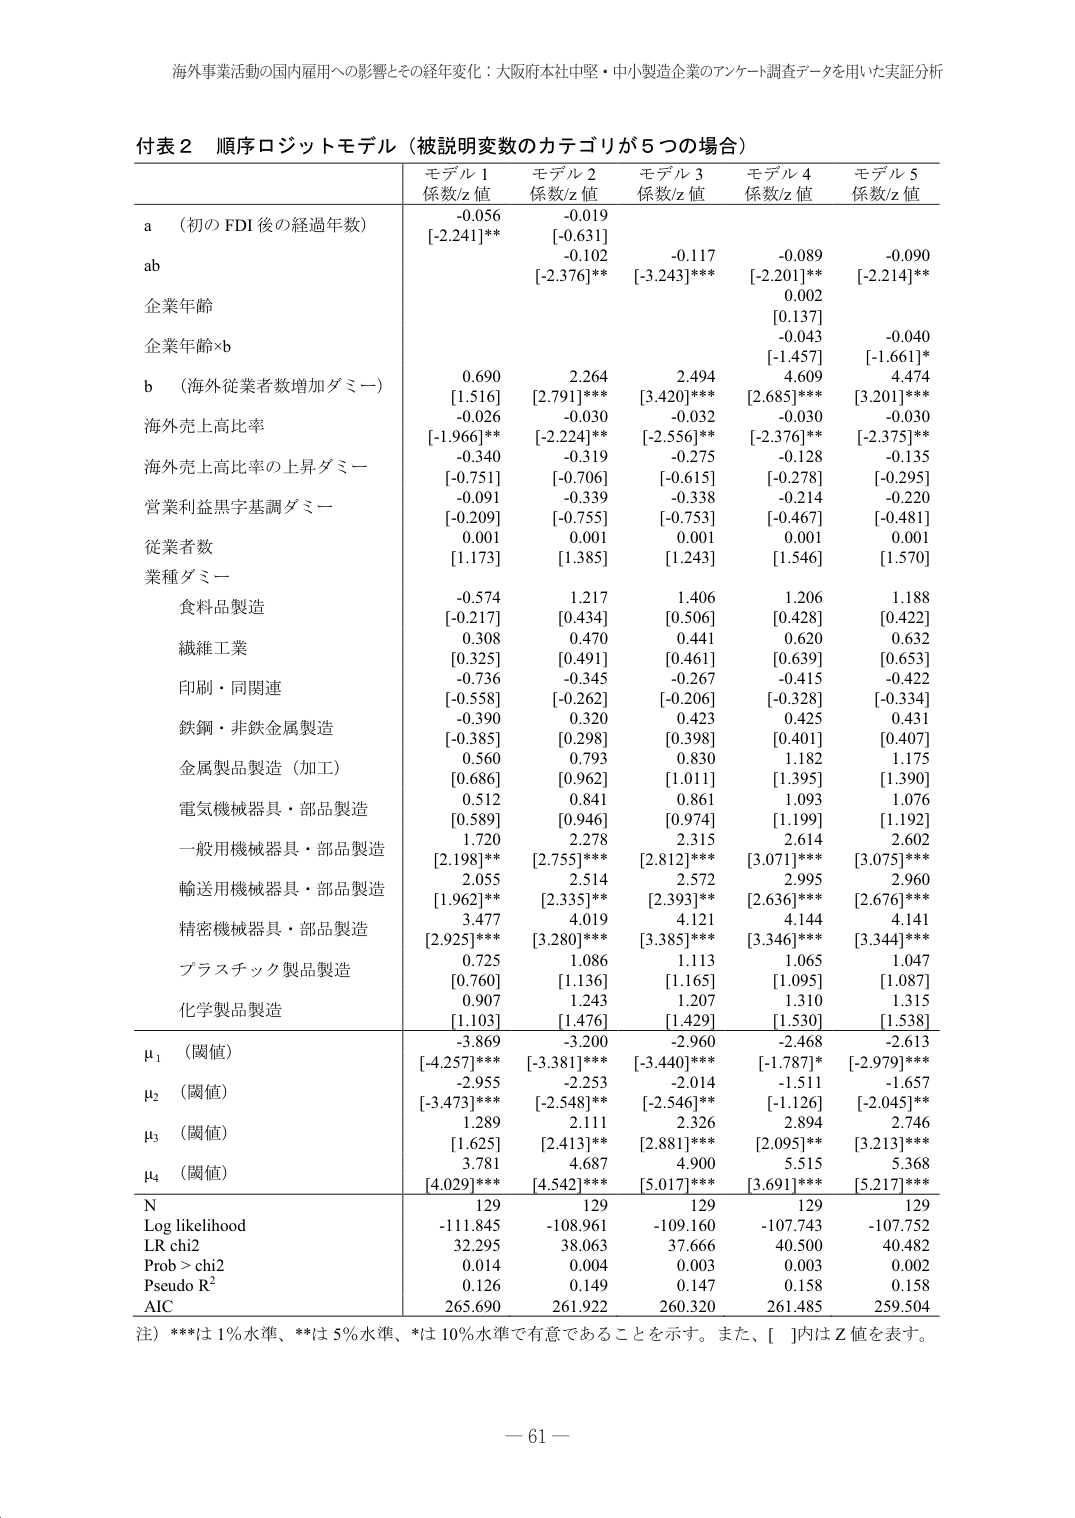
海外事業活動の国内雇用への影響とその経年変化：大阪府本社中堅・中小製造企業のアンケート調査データを用いた実証分析

付表２ 順序ロジットモデル（被説明変数のカテゴリが５つの場合）

モデル１ 係数/z値 モデル２ 係数/z値 モデル３ 係数/z値 モデル４ 係数/z値 モデル５ 係数/z値

a （初のFDI後の経過年数） -0.056 [-2.241]** -0.019 [-0.631] -0.102 [-2.376]** -0.117 [-3.243]*** -0.089 [-2.201]** -0.090 [-2.214]**

ab

企業年齢 0.002 [0.137]

企業年齢×b -0.043 [-1.457] -0.040 [-1.661]*

b （海外従業者数増加ダミー） 0.690 [1.516] 2.264 [2.791]*** 2.494 [3.420]*** 4.609 [2.685]*** 4.474 [3.201]***

海外売上高比率 -0.026 [-1.966]** -0.030 [-2.224]** -0.032 [-2.556]** -0.030 [-2.376]** -0.030 [-2.375]**

海外売上高比率の上昇ダミー -0.340 [-0.751] -0.319 [-0.706] -0.275 [-0.615] -0.128 [-0.278] -0.135 [-0.295]

営業利益黒字基調ダミー -0.091 [-0.209] -0.339 [-0.755] -0.338 [-0.753] -0.214 [-0.467] -0.220 [-0.481]

従業者数 0.001 [1.173] 0.001 [1.385] 0.001 [1.243] 0.001 [1.546] 0.001 [1.570]

業種ダミー

食料品製造 -0.574 [-0.217] 1.217 [0.434] 1.406 [0.506] 1.206 [0.428] 1.188 [0.422]

繊維工業 0.308 [0.325] 0.470 [0.491] 0.441 [0.461] 0.620 [0.639] 0.632 [0.653]

印刷・同関連 -0.736 [-0.558] -0.345 [-0.262] -0.267 [-0.206] -0.415 [-0.328] -0.422 [-0.334]

鉄鋼・非鉄金属製造 -0.390 [-0.385] 0.320 [0.298] 0.423 [0.398] 0.425 [0.401] 0.431 [0.407]

金属製品製造（加工） 0.560 [0.686] 0.793 [0.962] 0.830 [1.011] 1.182 [1.395] 1.175 [1.390]

電気機械器具・部品製造 0.512 [0.589] 0.841 [0.946] 0.861 [0.974] 1.093 [1.199] 1.076 [1.192]

一般用機械器具・部品製造 1.720 [2.198]** 2.278 [2.755]*** 2.315 [2.812]*** 2.614 [3.071]*** 2.602 [3.075]***

輸送用機械器具・部品製造 2.055 [1.962]* 2.514 [2.335]** 2.572 [2.393]** 2.905 [2.636]*** 2.960 [2.676]***

精密機械器具・部品製造 3.477 [2.925]*** 4.019 [3.280]*** 4.121 [3.385]*** 4.144 [3.346]*** 4.141 [3.344]***

プラスチック製品製造 0.725 [0.760] 1.086 [1.136] 1.113 [1.165] 1.065 [1.095] 1.047 [1.087]

化学製品製造 0.907 [1.103] 1.243 [1.476] 1.207 [1.429] 1.310 [1.530] 1.315 [1.538]

μ₁（閾値） -3.869 [-4.257]*** -3.200 [-3.381]*** -2.960 [-3.440]*** -2.468 [-1.787]* -2.613 [-2.979]***

μ₂（閾値） -2.955 [-3.473]*** -2.253 [-2.548]** -2.014 [-2.546]** -1.511 [-1.126] -1.657 [-2.045]**

μ₃（閾値） 1.289 [1.625] 2.111 [2.413]** 2.326 [2.881]*** 2.894 [2.095]** 2.746 [3.213]***

μ₄（閾値） 3.781 [4.029]*** 4.687 [4.542]*** 4.900 [5.017]*** 5.515 [3.691]*** 5.368 [5.217]***

N 129 129 129 129 129

Log likelihood -111.845 -108.961 -109.160 -107.743 -107.752

LR chi2 32.295 38.063 37.666 40.500 40.482

Prob > chi2 0.014 0.004 0.003 0.003 0.002

Pseudo R² 0.126 0.149 0.147 0.158 0.158

AIC 265.690 261.922 260.320 261.485 259.504

注）***は1％水準、**は5％水準、*は10％水準で有意であることを示す。また、[ ]内はZ値を表す。

－ 61 －